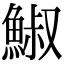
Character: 䱙